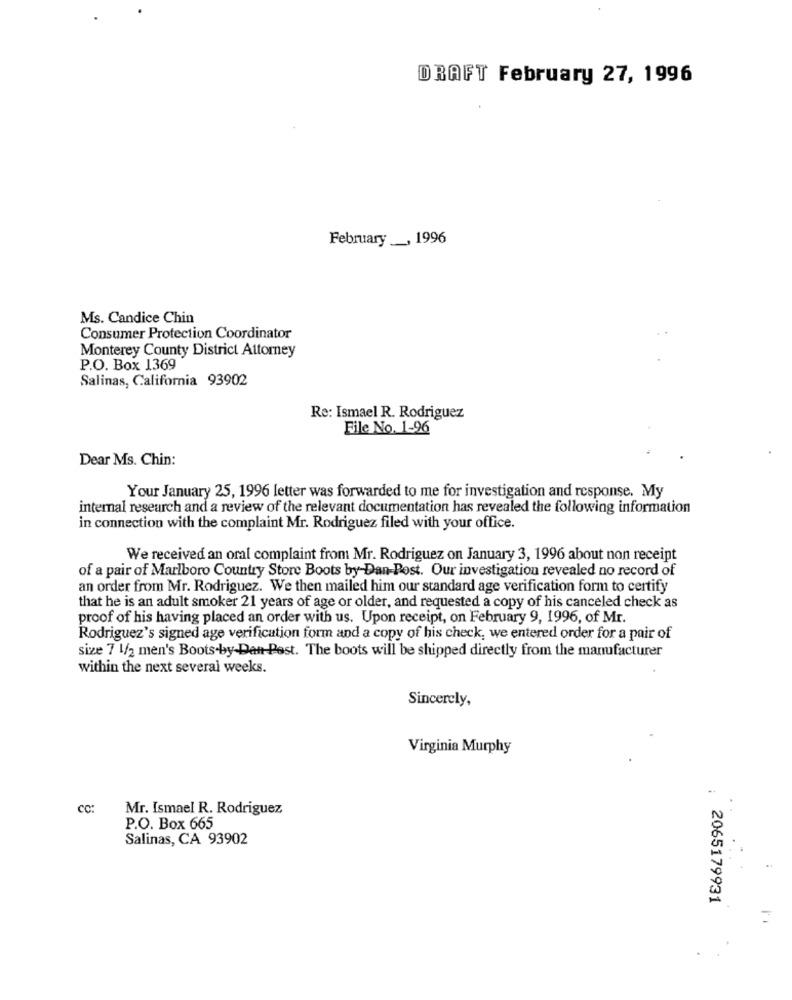
DRAFT February 27, 1996
February __, 1996
Ms. Candice Chin
Consumer Protection Coordinator
Monterey County District Attorney
P.O. Box 1369
Salinas, California 93902
Re: Ismael R. Rodriguez
File No. 1-96
Dear Ms. Chin:
Your January 25, 1996 letter was forwarded to me for investigation and response. My
internal research and a review of the relevant documentation has revealed the following information
in connection with the complaint Mr. Rodriguez filed with your office.
We received an oral complaint from Mr. Rodriguez on January 3, 1996 about non receipt
of a pair of Marlboro Country Store Boots by Dan-Post. Our investigation revealed no record of
an order from Mr. Rodriguez. We then mailed him our standard age verification form to certify
that he is an adult smoker 21 years of age or older, and requested a copy of his canceled check as
proof of his having placed an order with us. Upon receipt, on February 9, 1996, of Mr.
Rodriguez's signed age verification form and a copy of his check, we entered order for a pair of
size 7 1/2 men's Boots-by-Dant Post. The boots will be shipped directly from the manufacturer
within the next several weeks.
Sincerely,
Virginia Murphy
cc:
Mr. Ismael R. Rodriguez
P.O. Box 665
Salinas, CA 93902
2065179931
=